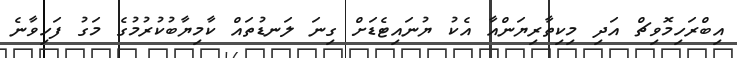
އިބްރަހިމޮވިޗް އަދި މިކިތާރިޔަންއާ އެކު ޔުނައިޓެޑަށް ގިނަ ލަނޑުތައް ކާމިޔާބުކުރުމުގެ މަގު ފަހިވާނެ